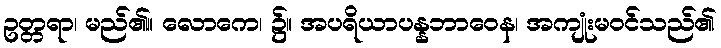
ဥတ္တရာ၊ မည်၏။ လောကေ၊ ၌။ အပရိယာပန္နဘာဝေန၊ အကျုံးမဝင်သည်၏